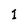
Character: l